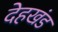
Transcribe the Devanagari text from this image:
देहखंड